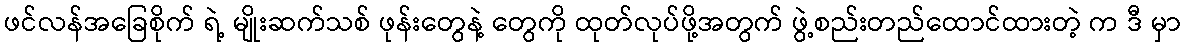
ဖင်လန်အခြေစိုက် ရဲ့ မျိုးဆက်သစ် ဖုန်းတွေနဲ့ တွေကို ထုတ်လုပ်ဖို့အတွက် ဖွဲ့စည်းတည်ထောင်ထားတဲ့ က ဒီ မှာ